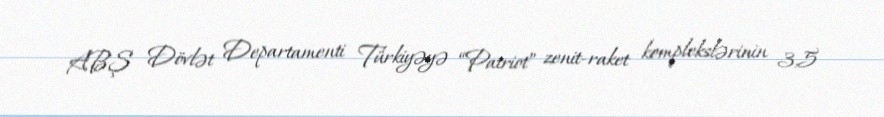
ABŞ Dövlət Departamenti Türkiyəyə “Patriot” zenit-raket komplekslərinin 3,5